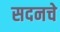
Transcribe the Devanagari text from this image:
सदनचे